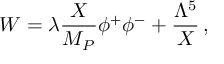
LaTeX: W = \lambda \frac { X } { M _ { P } } \phi ^ { + } \phi ^ { - } + \frac { \Lambda ^ { 5 } } { X } \, ,